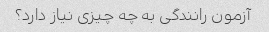
آزمون رانندگی به چه چیزی نیاز دارد؟